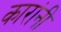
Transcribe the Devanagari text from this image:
कारांनी